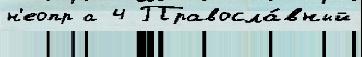
н'еопр а 4 Правосла́вный